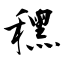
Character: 䆀